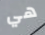
هي